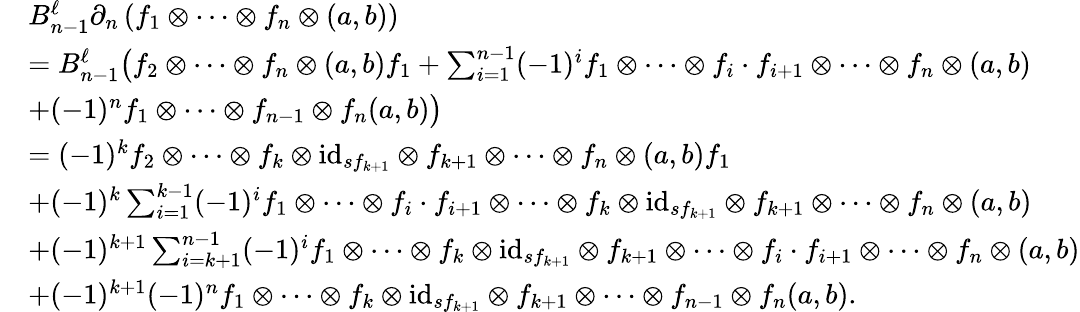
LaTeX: \begin{array}{rl}&{B_{n-1}^{\ell}\partial_{n}\left(f_{1}\otimes\dots\otimes f_{n}\otimes(a,b)\right)}\\ &{=B_{n-1}^{\ell}\big(f_{2}\otimes\dots\otimes f_{n}\otimes(a,b)f_{1}+\sum_{i=1}^{n-1}(-1)^{i}f_{1}\otimes\dots\otimes f_{i}\cdot f_{i+1}\otimes\dots\otimes f_{n}\otimes(a,b)}\\ &{+(-1)^{n}f_{1}\otimes\dots\otimes f_{n-1}\otimes f_{n}(a,b)\big)}\\ &{=(-1)^{k}f_{2}\otimes\dots\otimes f_{k}\otimes\mathrm{id}_{sf_{k+1}}\otimes f_{k+1}\otimes\dots\otimes f_{n}\otimes(a,b)f_{1}}\\ &{+(-1)^{k}\sum_{i=1}^{k-1}(-1)^{i}f_{1}\otimes\dots\otimes f_{i}\cdot f_{i+1}\otimes\dots\otimes f_{k}\otimes\mathrm{id}_{sf_{k+1}}\otimes f_{k+1}\otimes\dots\otimes f_{n}\otimes(a,b)}\\ &{+(-1)^{k+1}\sum_{i=k+1}^{n-1}(-1)^{i}f_{1}\otimes\dots\otimes f_{k}\otimes\mathrm{id}_{sf_{k+1}}\otimes f_{k+1}\otimes\dots\otimes f_{i}\cdot f_{i+1}\otimes\dots\otimes f_{n}\otimes(a,b)}\\ &{+(-1)^{k+1}(-1)^{n}f_{1}\otimes\dots\otimes f_{k}\otimes\mathrm{id}_{sf_{k+1}}\otimes f_{k+1}\otimes\dots\otimes f_{n-1}\otimes f_{n}(a,b).}\end{array}